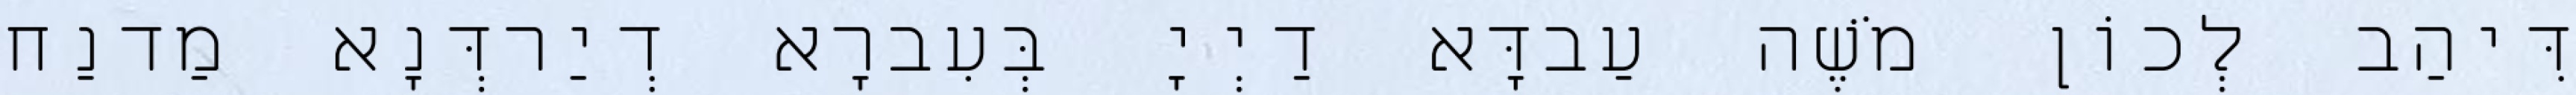
דִּיהַב לְכוֹן מֹשֶׁה עַבדָּא דַיְיָ בְּעִברָא דְיַרדְּנָא מַדנַח